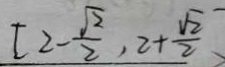
[ 2 - \frac { \sqrt { 2 } } { 2 } , 2 + \frac { \sqrt { 2 } } { 2 }